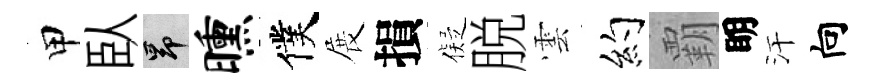
甲臥昂曛僕展損儗脱雲约覇眀汗向